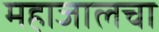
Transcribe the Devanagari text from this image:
महाजालचा